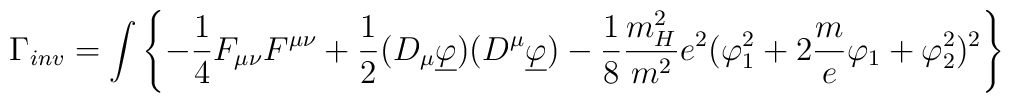
\Gamma_{inv} = \int \left\{ -\frac{1}{4} F_{\mu \nu} F^{\mu \nu} +    \frac{1}{2} (D_{\mu} \underline \varphi ) (D^{\mu} \underline \varphi) -    \frac{1}{8} \frac{m_H^2}{m^2} e^2       (\varphi_1^2 + 2\frac me \varphi_1 +\varphi _2^2 )^2 \right\}